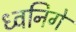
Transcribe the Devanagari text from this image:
ध्वनिगे